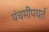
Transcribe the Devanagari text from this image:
पंचमीपयर्त